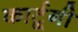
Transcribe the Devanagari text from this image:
कार्टूनी